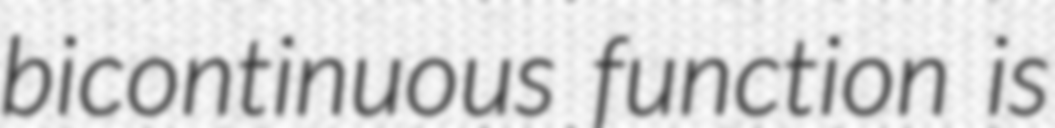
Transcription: bicontinuous function is